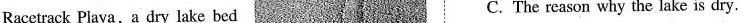
Racetrack Playa,a dry lake bed C. The reason why the lake is dry.